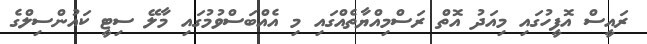
ރައީސް އޮފީހުގައި މިއަދު އޮތް ރަސްމިއްޔާތެއްގައި މި އެއްބަސްވުމުގައި މާލޭ ސިޓީ ކައުންސިލްގެ